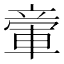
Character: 𥪠